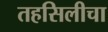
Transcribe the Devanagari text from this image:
तहसिलीचा